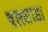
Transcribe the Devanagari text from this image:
वलसाड।